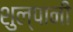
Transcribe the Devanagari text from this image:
शुल्पानी